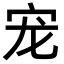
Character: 宠